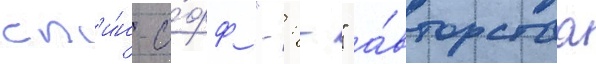
сп'и́н-о́фф "-: -" а́вторства